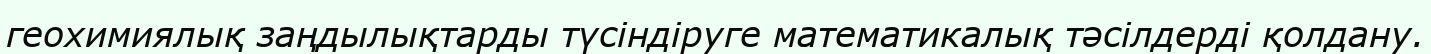
геохимиялық заңдылықтарды түсіндіруге математикалық тәсілдерді қолдану.